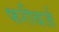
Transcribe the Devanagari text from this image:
फरीबर्ज